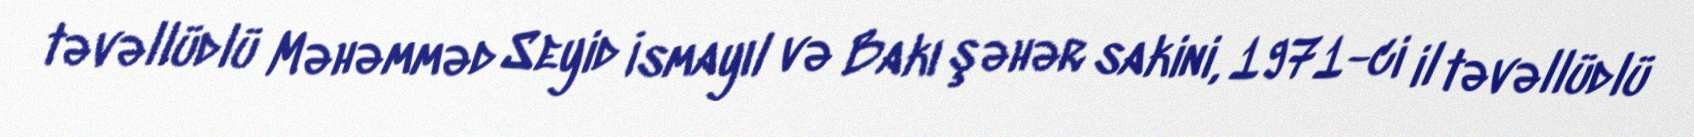
təvəllüdlü Məhəmməd Seyid İsmayıl və Bakı şəhər sakini, 1971-ci il təvəllüdlü